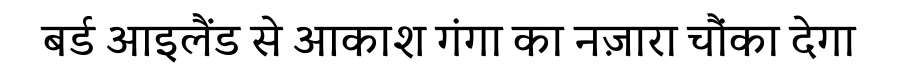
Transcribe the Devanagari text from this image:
बर्ड आइलैंड से आकाश गंगा का नज़ारा चौंका देगा